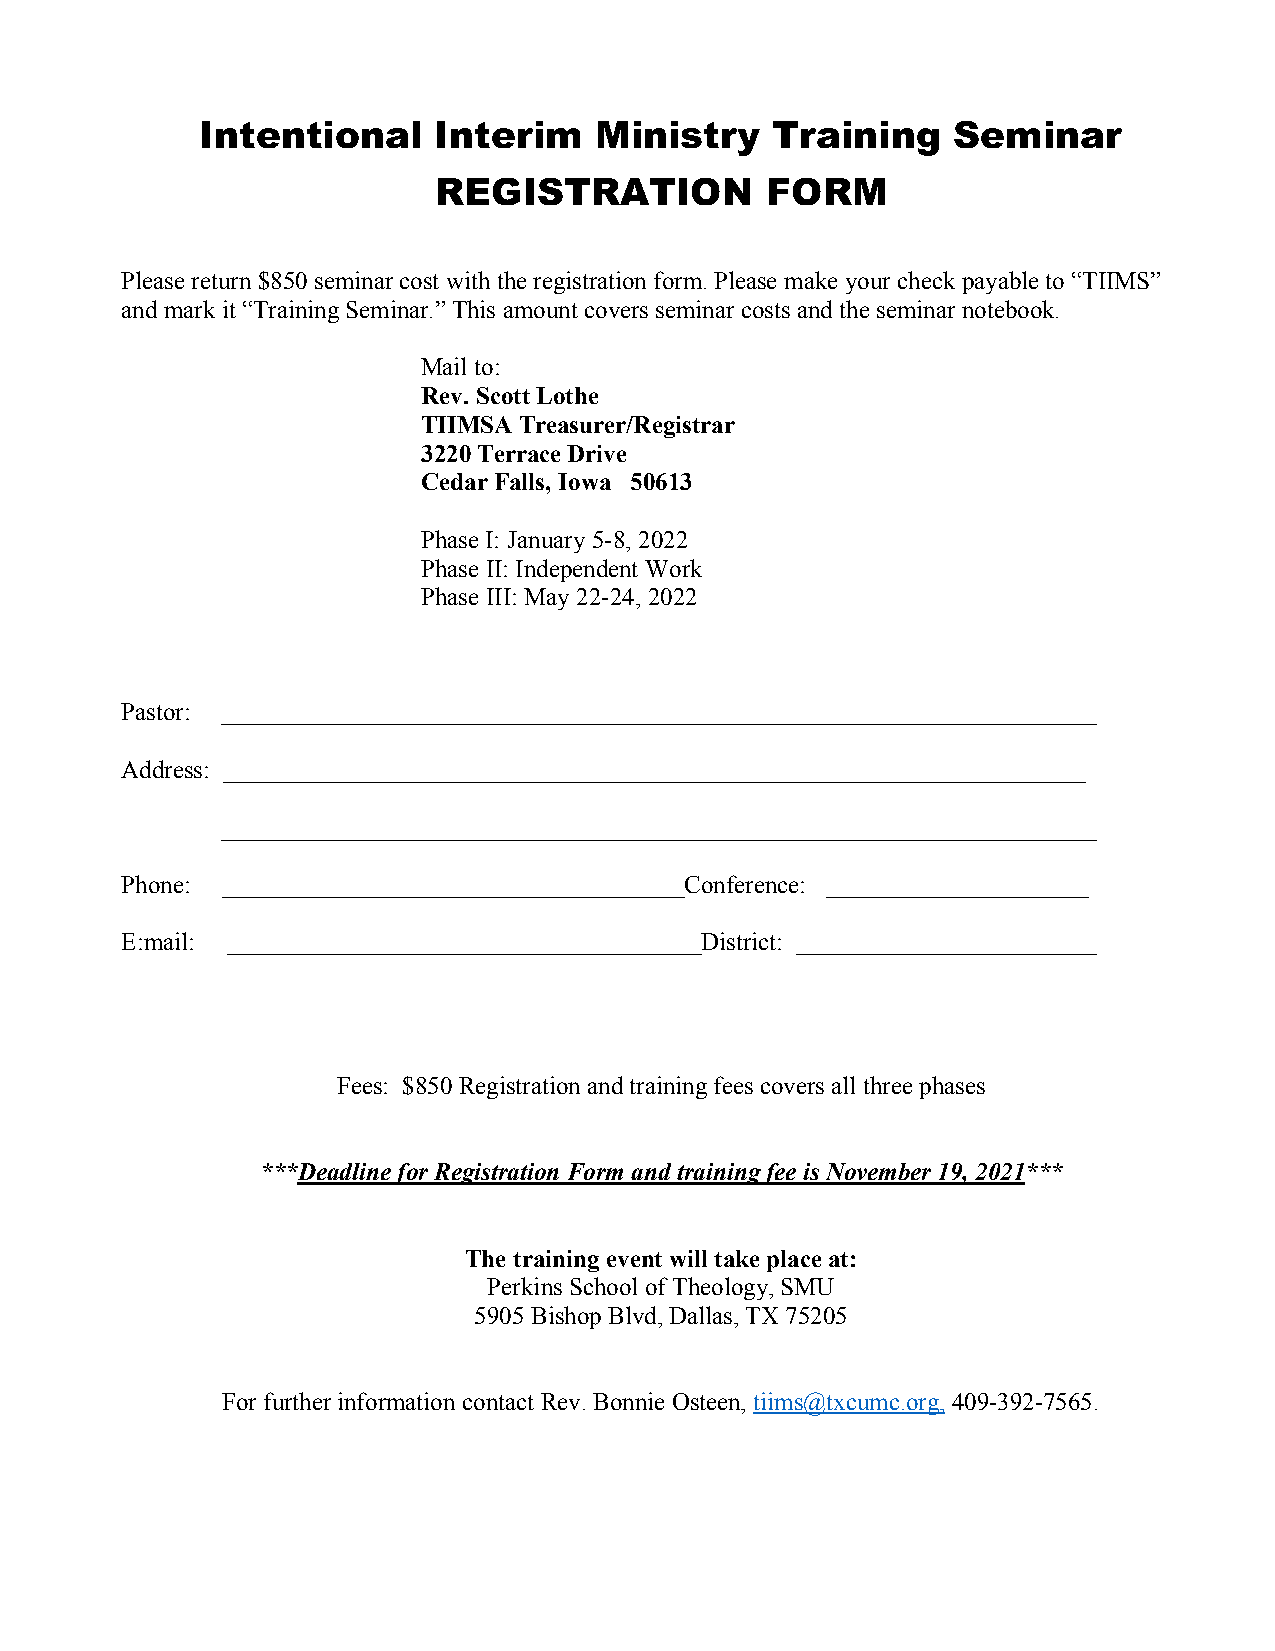
Intentional     Interim   Ministry    Training    Seminar
 REGISTRATION          FORM
 Please return $850 seminar cost with the registration form. Please make your check payable to “TIIMS”
 and mark it “Training Seminar.” This amount covers seminar costs and the seminar notebook.
 Mail to:
 Rev. Scott Lothe
 TIIMSA Treasurer/Registrar
 3220 Terrace Drive
 Cedar Falls, Iowa 50613
 Phase I: January 5-8, 2022
 Phase II: Independent Work
 Phase III: May 22-24, 2022
 Pastor: ______________________________________________________________________
 Address: _____________________________________________________________________
 ______________________________________________________________________
 Phone: _____________________________________Conference: _____________________
 E:mail: ______________________________________District: ________________________
 Fees: $850 Registration and training fees covers all three phases
 ***Deadline for Registration Form and training fee is November 19, 2021***
 The training event will take place at:
 Perkins School of Theology, SMU
 5905 Bishop Blvd, Dallas, TX 75205
 For further information contact Rev. Bonnie Osteen, tiims@txcumc.org, 409-392-7565.